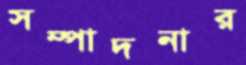
সম্পাদনার